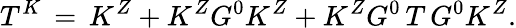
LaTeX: T^{K}\, =\, K^{Z}+K^{Z}G^{0}K^{Z}+K^{Z}G^{0}\, T\, G^{0}K^{Z}.